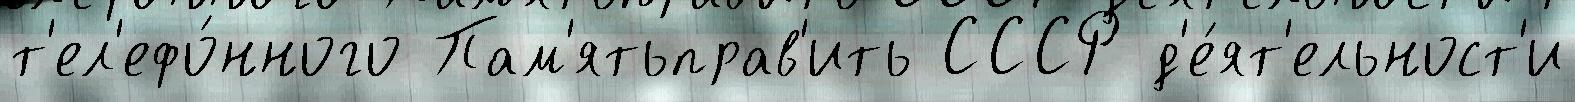
т'ел'ефо́нного Пам'ятьправ'ить СССР д'е́ят'ельност'и